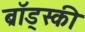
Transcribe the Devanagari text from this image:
ब्रॉड्स्की